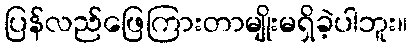
ပြန်လည်ဖြေကြားတာမျိုးမရှိခဲ့ပါဘူး။